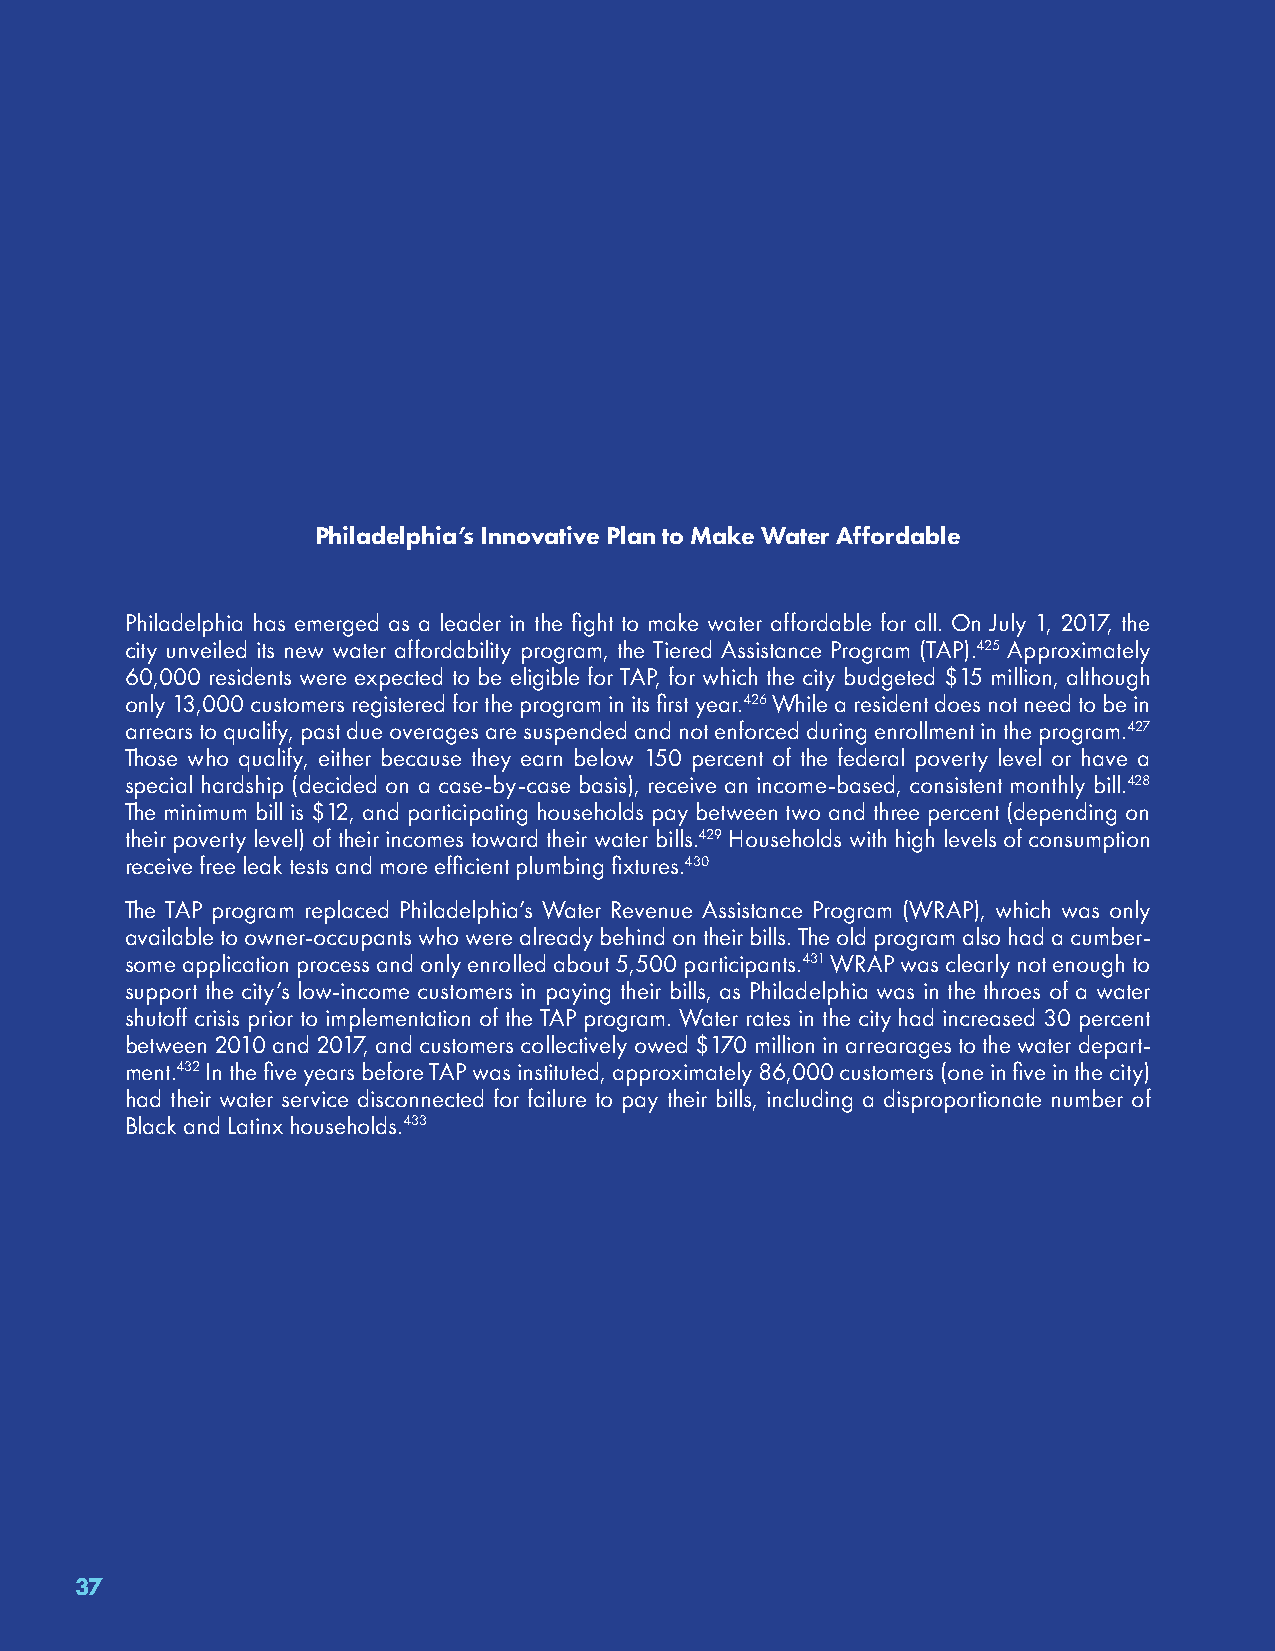
Philadelphia’s Innovative Plan to Make Water Affordable
 Philadelphia has emerged as a leader in the fight to make water affordable for all. On July 1, 2017, the
 city unveiled its new water affordability program, the Tiered Assistance Program (TAP).425 Approximately
 60,000 residents were expected to be eligible for TAP, for which the city budgeted $15 million, although
 only 13,000 customers registered for the program in its first year.426 While a resident does not need to be in
 arrears to qualify, past due overages are suspended and not enforced during enrollment in the program.427
 Those who qualify, either because they earn below 150 percent of the federal poverty level or have a
 special hardship (decided on a case-by-case basis), receive an income-based, consistent monthly bill.428
 The minimum bill is $12, and participating households pay between two and three percent (depending on
 their poverty level) of their incomes toward their water bills.429 Households with high levels of consumption
 receive free leak tests and more efficient plumbing fixtures.430
 The TAP program replaced Philadelphia’s Water Revenue Assistance Program (WRAP), which was only
 available to owner-occupants who were already behind on their bills. The old program also had a cumber-
 some application process and only enrolled about 5,500 participants.431 WRAP was clearly not enough to
 support the city’s low-income customers in paying their bills, as Philadelphia was in the throes of a water
 shutoff crisis prior to implementation of the TAP program. Water rates in the city had increased 30 percent
 between 2010 and 2017, and customers collectively owed $170 million in arrearages to the water depart-
 ment.432 In the five years before TAP was instituted, approximately 86,000 customers (one in five in the city)
 had their water service disconnected for failure to pay their bills, including a disproportionate number of
 Black and Latinx households.433
 37